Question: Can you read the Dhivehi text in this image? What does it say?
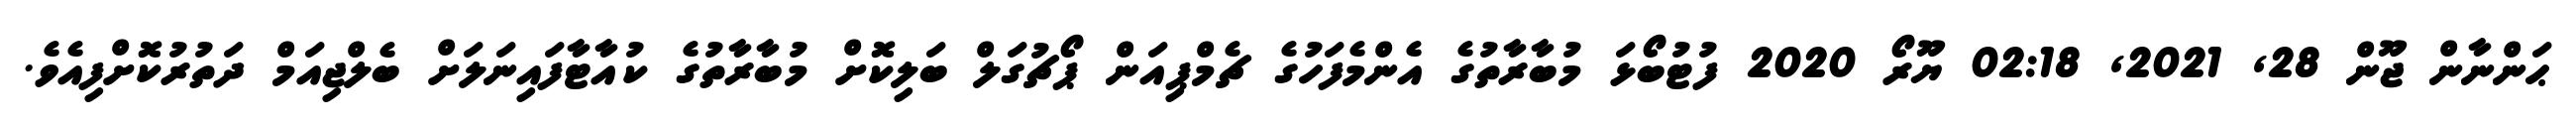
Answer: ޙަންނާން ޖޫން 28, 2021, 02:18 ޔޫރޯ 2020 ފުޓުބޯޅަ މުބާރާތުގެ އެންމެފަހުގެ ޗެމްޕިއަން ޕޯޗުގަލް ބަލިކޮށް މުބާރާތުގެ ކުއާޓާފައިނަލަށް ބެލްޖިއަމް ދަތުރުކޮށްފިއެވެ.